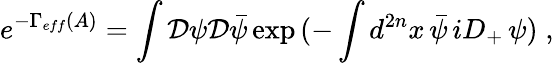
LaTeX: e^{-\Gamma_{eff}(A)}=\int{\cal D}\psi{\cal D}\bar{\psi}\exp{(-\int d^{2n}x\, \bar{\psi}\, iD_{+}\, \psi)}\; ,